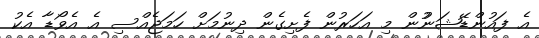
އެ ފައުންޑޭޝަނުުން މި އަހަރުން ފެށިގެން ދިނުމަށް ހަމަޖެއްސި އެ އެވޯޑާ އެކު